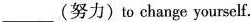
___(努力)to change yourself.